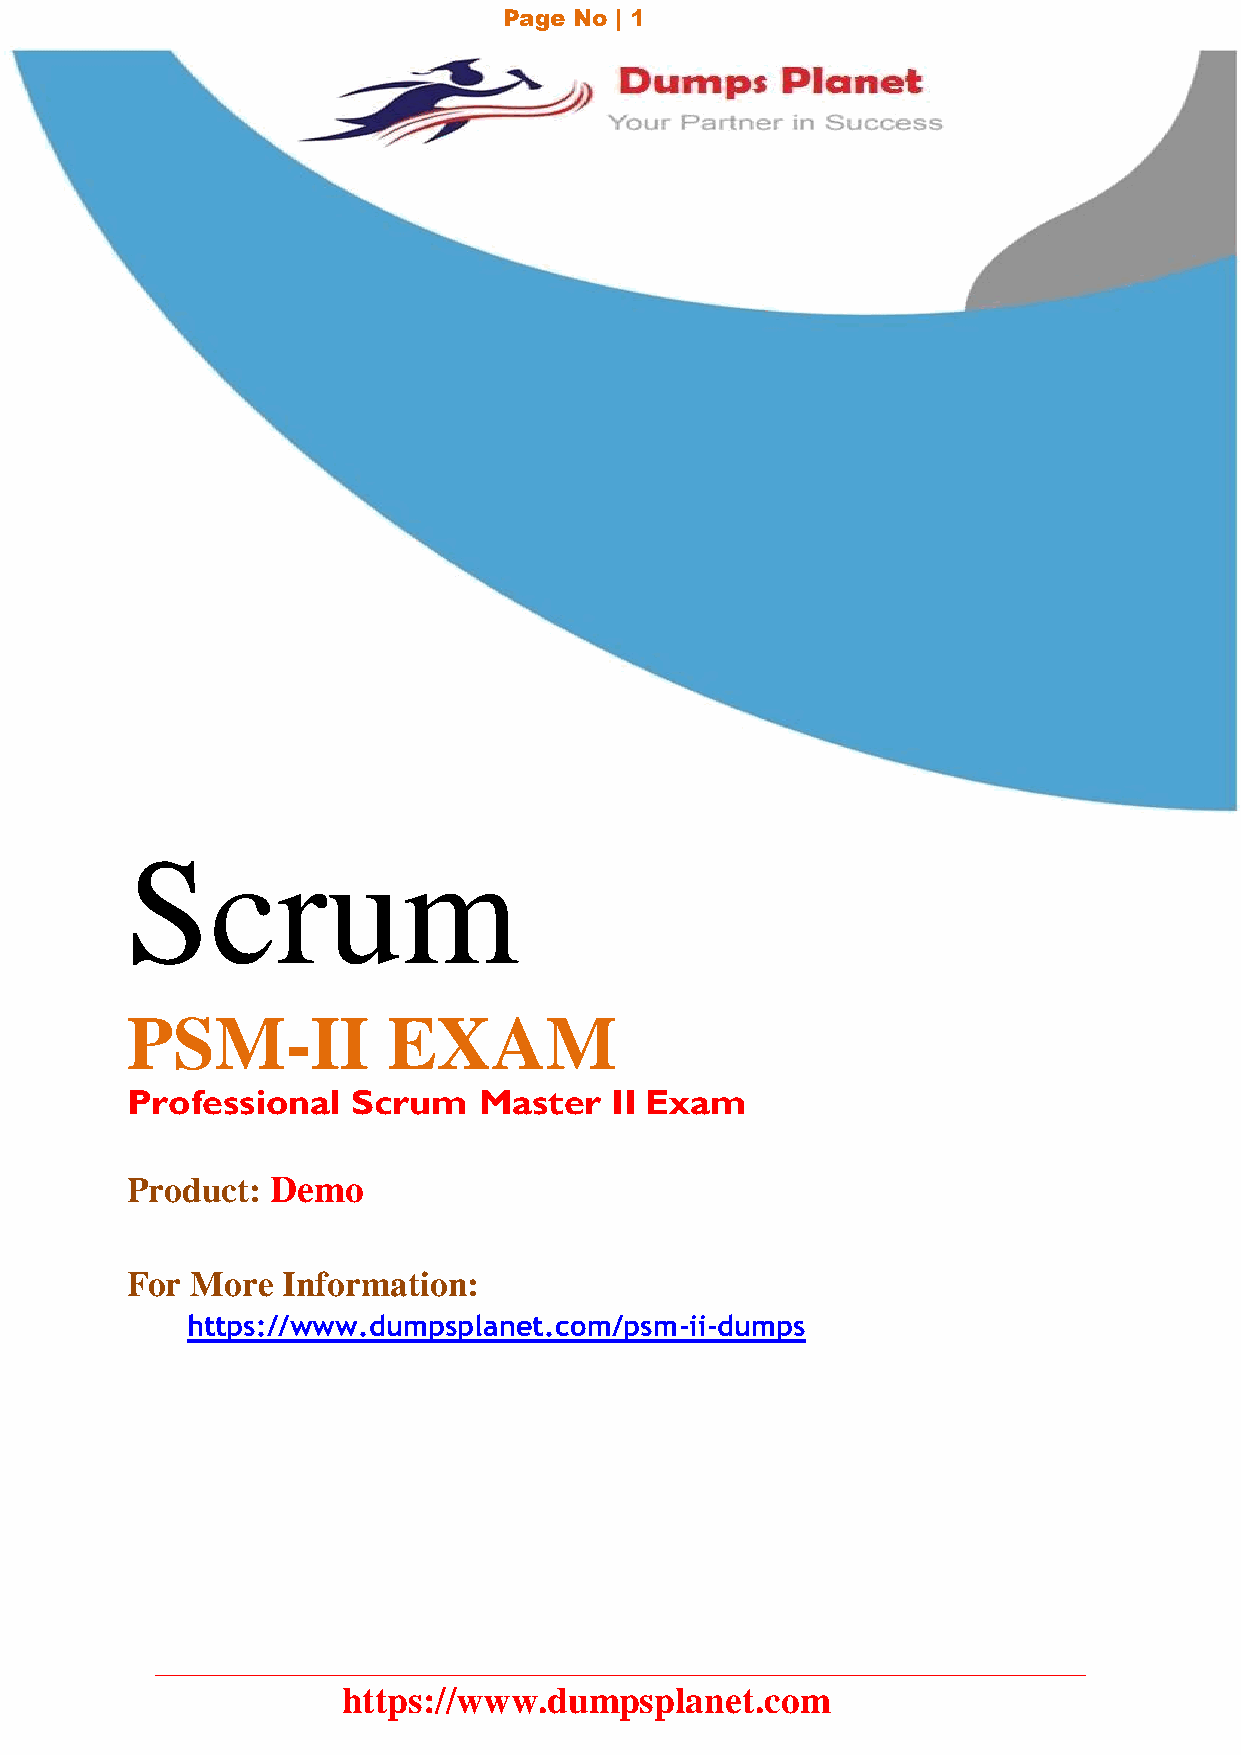
Page No | 1
 Scrum
 PSM-II            EXAM
 Professional   Scrum    Master  II Exam
 Product:  Demo
 For  More  Information:
 https://www.dumpsplanet.com/psm-ii-dumps
 https://www.dumpsplanet.com